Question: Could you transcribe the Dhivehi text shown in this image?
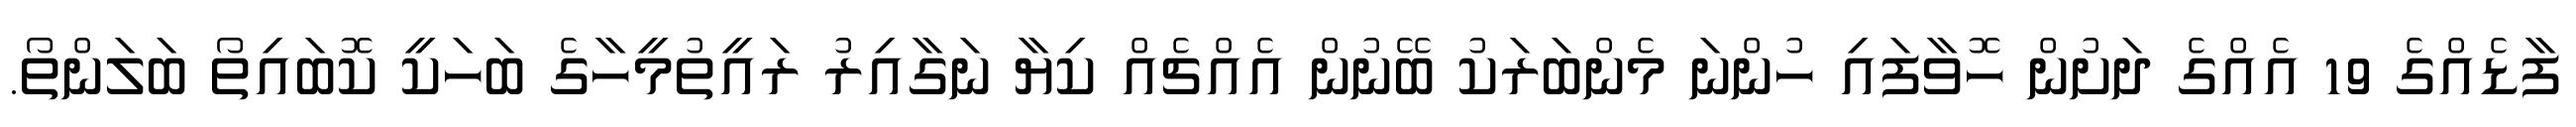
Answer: ފާޑެއްގެ 19 އެއްގެ ދަށުން ހޮވާފައި ހުންނަ މެންބަރަކު ބޭނުން އެއްޗެއް ކިޔާ ނަގާއިރު ރައީތުމީހާގެ ބަހަކީ ކޮބައިތޯ ބަލަންތޯ.